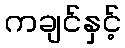
ကချင်နှင့်